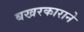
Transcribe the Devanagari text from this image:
बखरकाराने